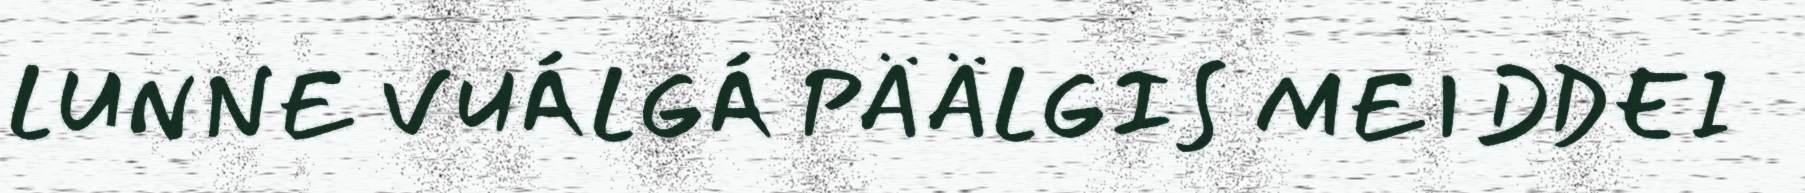
LUNNE VUÁLGÁ PÄÄLGIS MEIDDEI